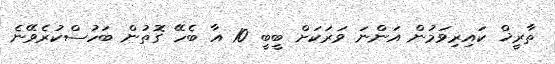
ތާރީޚް ކައިރިވަމުން އަންނަ ވަރަކަށް ބީބީ 10 އާ ބެހޭ ގޮތުން ބަހުސްކުރެވޭނެ